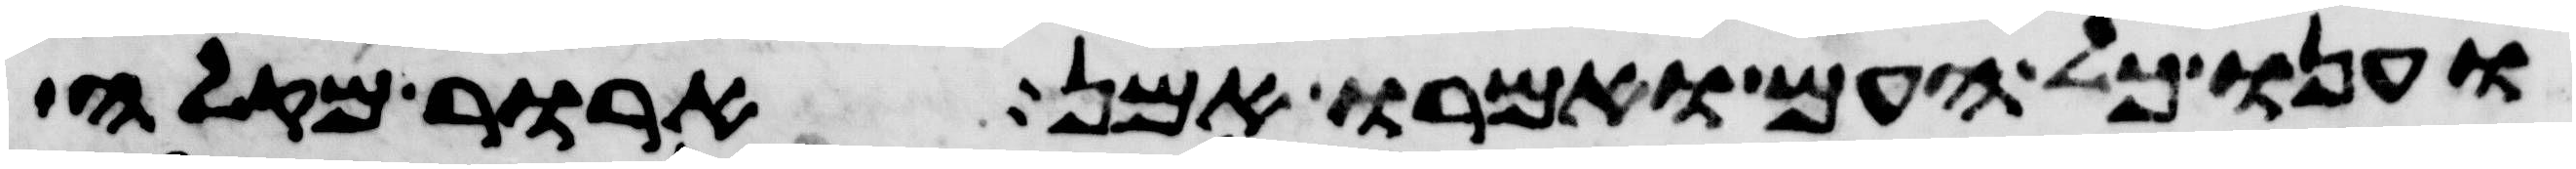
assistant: וענו כל העם ואמרו אמן ארור מקלה